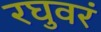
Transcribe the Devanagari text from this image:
रघुवरं